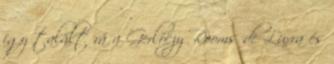
így talált rá a Gerlóczy Rooms de Luxra és